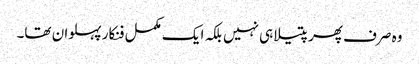
وہ صرف پھرپتیلا ہی نہیں بلکہ ایک مکمل فنکار پہلوان تھا۔